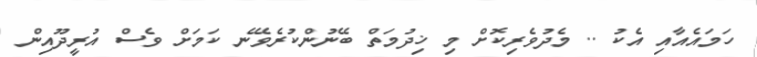
ހަމައެއާއި އެކު .. މެދުވެރިކޮށް މި ޚިދުމަތް ބޭނުންކުރެވޭނެ ކަމަށް ވެސް އުރީދޫއިން